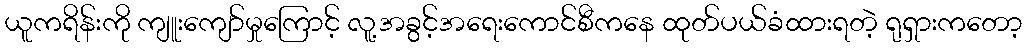
ယူကရိန်းကို ကျူးကျော်မှုကြောင့် လူ့အခွင့်အရေးကောင်စီကနေ ထုတ်ပယ်ခံထားရတဲ့ ရုရှားကတော့